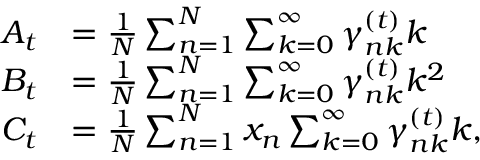
\begin{array} { r l } { A _ { t } } & { = \frac { 1 } { N } \sum _ { n = 1 } ^ { N } \sum _ { k = 0 } ^ { \infty } \gamma _ { n k } ^ { ( t ) } k } \\ { B _ { t } } & { = \frac { 1 } { N } \sum _ { n = 1 } ^ { N } \sum _ { k = 0 } ^ { \infty } \gamma _ { n k } ^ { ( t ) } k ^ { 2 } } \\ { C _ { t } } & { = \frac { 1 } { N } \sum _ { n = 1 } ^ { N } x _ { n } \sum _ { k = 0 } ^ { \infty } \gamma _ { n k } ^ { ( t ) } k , } \end{array}